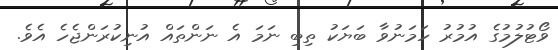
ވޯޓުލުމުގެ އުމުރު ހަމަނުވާ ބަޔަކު ތިބި ނަމަ އެ ނަންތައް އުނިކުރަންޖެހެ އެވެ.